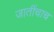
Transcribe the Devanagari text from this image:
जातींचाच